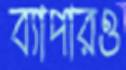
ব্যাপারও